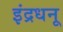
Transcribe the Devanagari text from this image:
इंद्रधनू